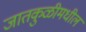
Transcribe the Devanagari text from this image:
जातकुळीमधील